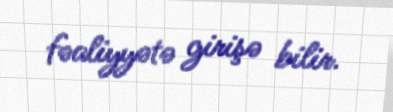
fəaliyyətə girişə bilir.